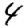
Digit: 4